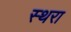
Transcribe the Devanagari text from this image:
स्थरा